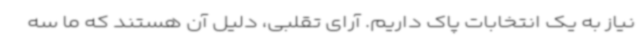
نیاز به یک انتخابات پاک داریم. آرای تقلبی، دلیل آن هستند که ما سه